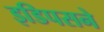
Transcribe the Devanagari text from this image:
इडिपसने